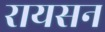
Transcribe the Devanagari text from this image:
रायसन